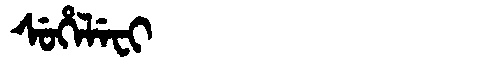
Manchu: ᠰᡠᡥᡝᠯᡝᠸᡳ
Romanization: SUHELEFI